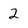
Character: 2